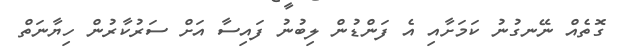
ގޮތެއް ނޭނގުނު ކަމަށާއި އެ ފަންޑުން ލިބުނު ފައިސާ އަށް ސަރުކާރުން ހިޔާނަތް